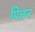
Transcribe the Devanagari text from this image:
पित्तन